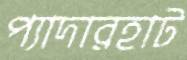
প্যাদারহাট